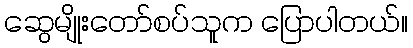
ဆွေမျိုးတော်စပ်သူက ပြောပါတယ်။